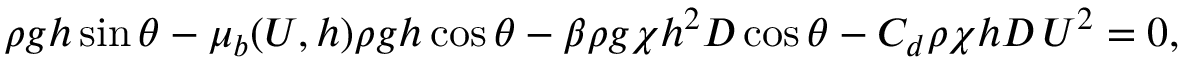
\rho g h \sin \theta - \mu _ { b } ( U , h ) \rho g h \cos \theta - \beta \rho g \chi h ^ { 2 } D \cos \theta - C _ { d } \rho \chi h D \, U ^ { 2 } = 0 ,